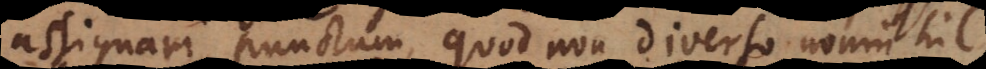
assignari punctum, quod non diverso nonnihil